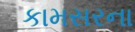
કામસરના